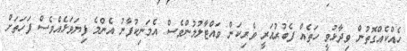
ހެއްކެއްގޮތުން ވިދާޅުވީ ހަތެއް ފެބުރުއަރީ ވެރިކަން ވައްޓާލުމުންވެސް އެމަނިކުފާނު އެންމެ ފިޔަވަޅެއްވެސް ފަހަތަށް